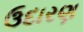
ઉદારણ